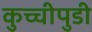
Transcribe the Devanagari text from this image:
कुच्चीपुडी